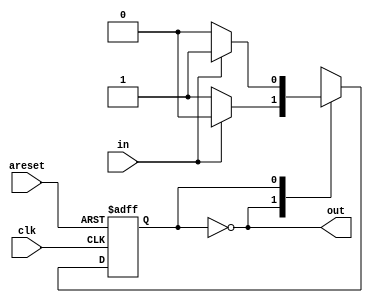
module top_module (
    input                   clk     ,
    input                   areset  ,
    input                   in      ,
    output                  out
);

    parameter B = 1'b0, A = 1'b1;

    reg                     curr_state, next_state;

    always @ (posedge clk, posedge areset) begin
        if (areset)     curr_state <= B;
        else            curr_state <= next_state;
    end

    always @ (*) begin
        case (curr_state)
            B : next_state = in ? B : A;
            A : next_state = in ? A : B;
        endcase
    end

    assign out = (curr_state == B);

endmodule